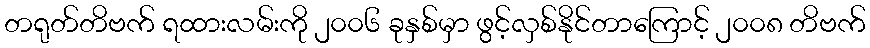
တရုတ်တိဗက် ရထားလမ်းကို ၂၀၀၆ ခုနှစ်မှာ ဖွင့်လှစ်နိုင်တာကြောင့် ၂၀၀၈ တိဗက်